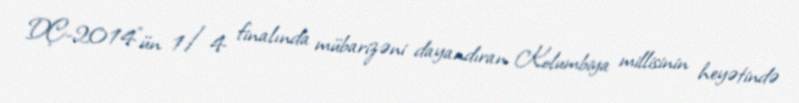
DÇ-2014"ün 1/4 finalında mübarizəni dayandıran Kolumbiya millisinin heyətində